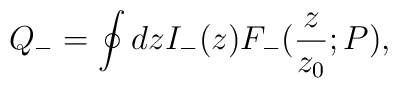
Q_-=\oint dz I_-(z) F_-({z\over z_0};P),